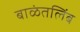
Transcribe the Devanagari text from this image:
बाळंतलिंब